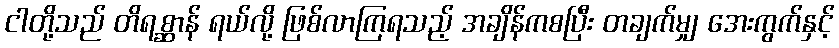
ငါတို့သည် တိရစ္ဆာန် ရယ်လို့ ဖြစ်လာကြရသည့် အချိန်ကစပြီး တချက်မျှ အေးကွက်နှင့်